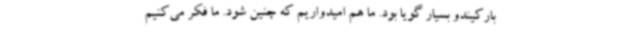
بارکیندو بسیار گویا بود. ما هم امیدواریم که چنین شود. ما فکر می‌کنیم